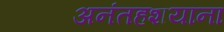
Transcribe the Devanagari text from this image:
अनंतहशयाना